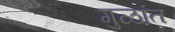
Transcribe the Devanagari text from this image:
गुळांत